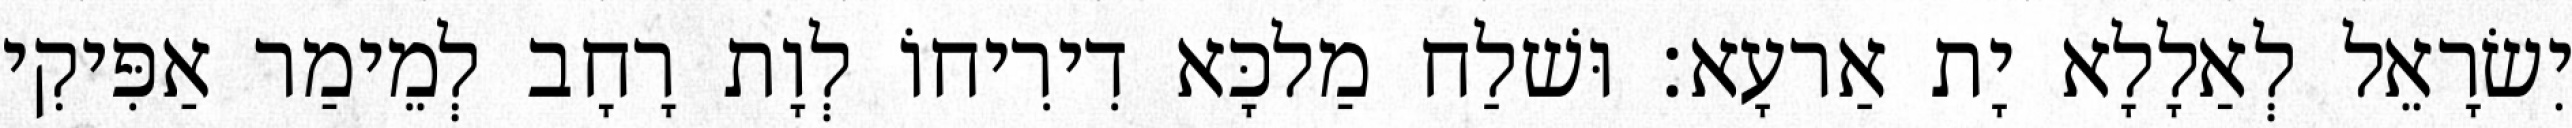
יִשׂרָאֵל לְאַלָלָא יָת אַרעָא׃ וּשׁלַח מַלכָּא דִירִיחוֹ לְוָת רָחָב לְמֵימַר אַפִּיקִי